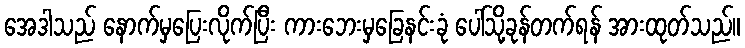
အေဒါသည် နောက်မှပြေးလိုက်ပြီး ကားဘေးမှခြေနင်းခုံ ပေါ်သို့ခုန်တက်ရန် အားထုတ်သည်။